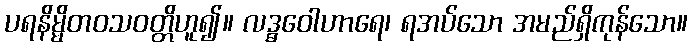
ပရနိမ္မိတဝသဝတ္တိဟူ၍။ လဒ္ဓဝေါဟာရေ၊ ရအပ်သော အမည်ရှိကုန်သော။